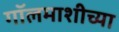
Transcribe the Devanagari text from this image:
गॉलमाशीच्या